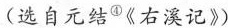
(选自元结^{④}《右溪记》)